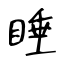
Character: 睡